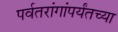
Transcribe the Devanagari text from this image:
पर्वतरांगांपर्यंतच्या